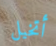
أتخيل